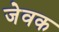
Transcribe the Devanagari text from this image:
जेवक